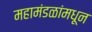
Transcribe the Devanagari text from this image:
महामंडळांमधून